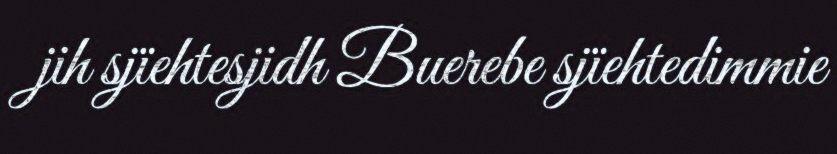
jih sjïehtesjidh Buerebe sjïehtedimmie